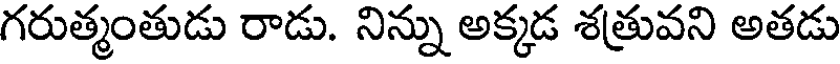
గరుత్మంతుడు రాడు. నిన్ను అక్కడ శత్రువని అతడు